Scientific memoirs by medical officers of the Army of India - Part VIII,
Year: 1894
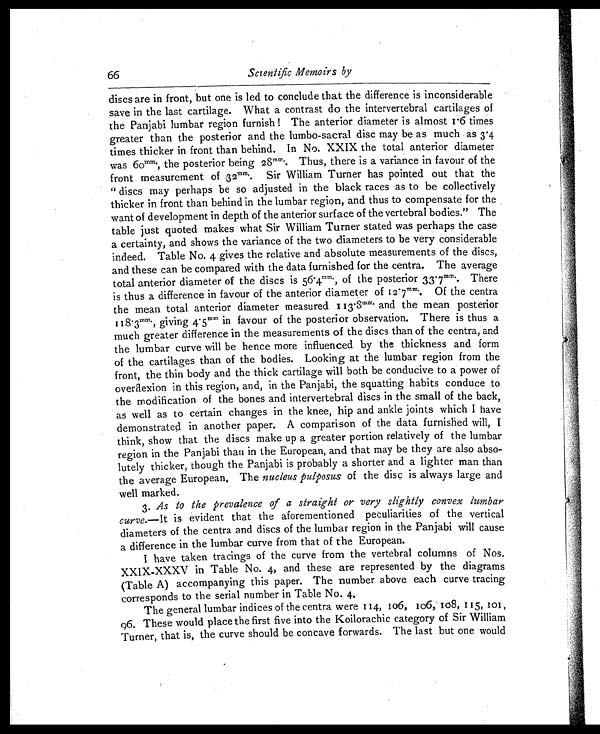
66
Scientific Memoirs by
discs are in front, but one is led to conclude that the difference is inconsiderable
save in the last cartilage. What a contrast do the intervertebral cartilages of
the Panjabi lumbar region furnish ! The anterior diameter is almost 1.6 times
greater than the posterior and the lumbo-sacral disc may be as much as 3.4
times thicker in front than behind. In No. XXIX the total anterior diameter
was 60mm. , the posterior being 28mm.. Thus, there is a variance in favour of the
front measurement of 32mm.. Sir William Turner has pointed out that the
" discs may perhaps be so adjusted in the black races as to be collectively
thicker in front than behind in the lumbar region, and thus to compensate for the
want of development in depth of the anterior surface of the vertebral bodies." The
table just quoted makes what Sir William Turner stated was perhaps the case
a certainty, and shows the variance of the two diameters to be very considerable
indeed. Table No. 4 gives the relative and absolute measurements of the discs,
and these can be compared with the data furnished for the centra. The average
total anterior diameter of the discs is 56.4mm., of the posterior 33.7 mm. . There
is thus a difference in favour of the anterior diameter of 12.7 mm.. Of the centra
the mean total anterior diameter measured 113.8 mm. and the mean posterior
11 8.3mm., giving 4.5 mm in favour of the posterior observation. There is thus a
much greater difference in the measurements of the discs than of the centra, and
the lumbar curve will be hence more influenced by the thickness and form
of the cartilages than of the bodies. Looking at the lumbar region from the
front, the thin body and the thick cartilage will both be conducive to a power of
overflexion in this region, and, in the Panjabi, the squatting habits conduce to
the modification of the bones and intervertebral discs in the small of the back,
as well as to certain changes in the knee, hip and ankle joints which I have
demonstrated in another paper. A comparison of the data furnished will, I
think, show that the discs make up a greater portion relatively of the lumbar
region in the Panjabi than in the European, and that may be they are also abso-
lutely thicker, though the Panjabi is probably a shorter and a lighter man than
the average European, The nucleus pulposus of the disc is always large and
well marked.
3. As to the prevalence of a straight or very slightly convex lumbar
curve.— It is evident that the aforementioned peculiarities of the vertical
diameters of the centra and discs of the lumbar region in the Panjabi will cause
a difference in the lumbar curve from that of the European.
I have taken tracings of the curve from the vertebral columns of Nos.
XXIX-XXXV in Table No. 4, and these are represented by the diagrams
(Table A) accompanying this paper. The number above each curve tracing
corresponds to the serial number in Table No. 4.
The general lumbar indices of the centra were 114, io6, 106, 108, 115, 101,
96. These would place the first five into the Koilorachic category of Sir William
Turner, that is, the curve should be concave forwards. The last but one would